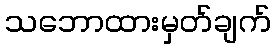
သဘောထားမှတ်ချက်